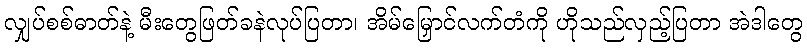
လျှပ်စစ်ဓာတ်နဲ့ မီးတွေဖြတ်ခနဲလုပ်ပြတာ၊ အိမ်မြှောင်လက်တံကို ဟိုသည်လှည့်ပြတာ အဲဒါတွေ